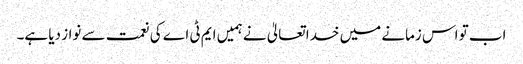
اب تو اس زمانے میں خدا تعالیٰ نے ہمیں ایم ٹی اے کی نعمت سے نواز دیا ہے۔